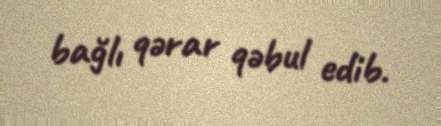
bağlı qərar qəbul edib.